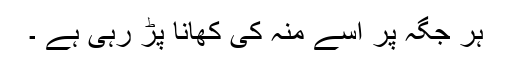
ہر جگہ پر اسے منہ کی کھانا پڑ رہی ہے ۔